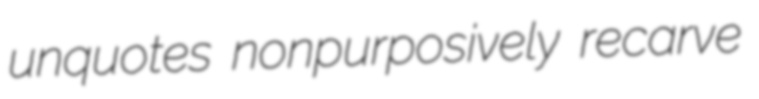
unquotes nonpurposively recarve